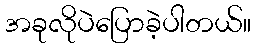
အခုလိုပဲပြောခဲ့ပါတယ်။